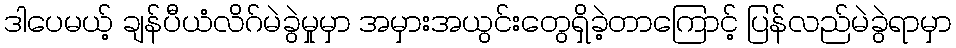
ဒါပေမယ့် ချန်ပီယံလိဂ်မဲခွဲမှုမှာ အမှားအယွင်းတွေရှိခဲ့တာကြောင့် ပြန်လည်မဲခွဲရာမှာ